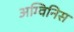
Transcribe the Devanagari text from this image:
अग्विनिस